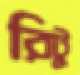
রিটু